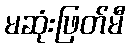
မဆုံးဖြတ်မီ